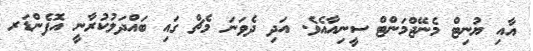
އާއި ޔުނިޓް މެނޭޖްމަންޓް ސީނިއާއެވެ. އަދި ދެވަނަ މެޗް ގައި ބައްދަލުކުރާނީ އޮފެންޑަރ